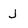
Character: J